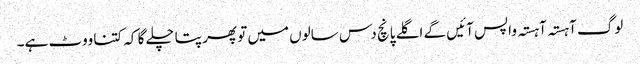
لوگ آہستہ آہستہ واپس آئیں گے اگلے پانچ دس سالوں میں تو پھر پتا چلے گا کہ کتنا ووٹ ہے۔